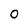
Character: O